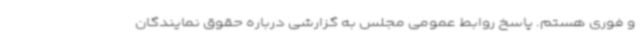
و فوری هستم. پاسخ روابط عمومی مجلس به گزارشی درباره حقوق نمایندگان